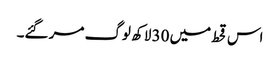
اس قحط میں 30 لاکھ لوگ مر گئے۔